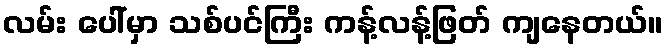
လမ်း ပေါ်မှာ သစ်ပင်ကြီး ကန့်လန့်ဖြတ် ကျနေတယ်။